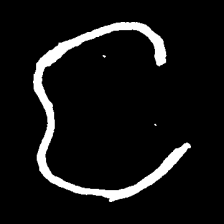
Pyu character \u2014 Myanmar letter: င (romanized: nga)